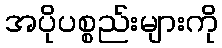
အပိုပစ္စည်းများကို